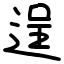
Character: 逞